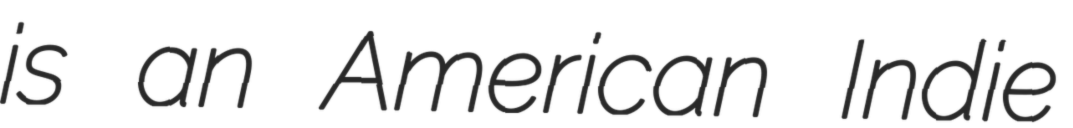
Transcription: is an American Indie